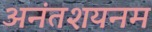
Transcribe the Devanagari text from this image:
अनंतशयनम